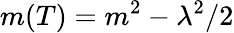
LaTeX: m(T)=m^{2}-\lambda^{2}/2